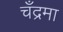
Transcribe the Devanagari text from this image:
चँद्रमा